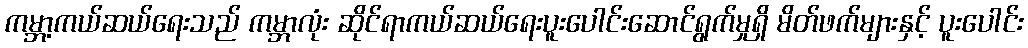
ကမ္ဘာ့ကယ်ဆယ်ရေးသည် ကမ္ဘာလုံး ဆိုင်ရာကယ်ဆယ်ရေးပူးပေါင်းဆောင်ရွက်မှုရှိ မိတ်ဖက်များနှင့် ပူးပေါင်း